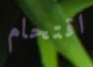
اقتحام